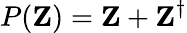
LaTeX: P(\mathbf{Z})=\mathbf{Z}+\mathbf{Z}^{\dagger}